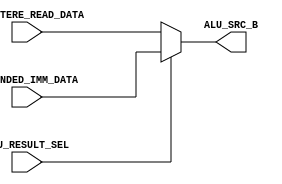
module ALU_RESULT_SELECTOR(
	input ALU_RESULT_SEL,
	input [31:0] REGISTERE_READ_DATA,
	input [31:0] EXTENDED_IMM_DATA,
	output [31:0] ALU_SRC_B
);

assign ALU_SRC_B = (ALU_RESULT_SEL == 1'b0) ?
	REGISTERE_READ_DATA :
	EXTENDED_IMM_DATA;

endmodule